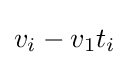
v_{i}-v_{1}t_{i}